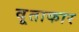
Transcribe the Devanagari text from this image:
वृ्ताकार